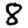
Digit: 8